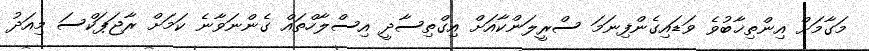
މަގާމަށް އިންތިޚާބުވެ ވަޑައިގެންފިނަމަ ސްރީލަންކާއަށް އިގްތިސާދީ އިސްލާހްތައް ގެންނަވާނެ ކަމަށް ރާޖަޕަކްސަ މިއަދު